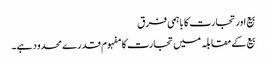
بیع اور تجارت کا باہمی فرق
بیع کے مقابلہ میں تجارت کا مفہوم قدرے محدود ہے۔